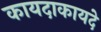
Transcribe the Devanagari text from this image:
कायदाकायदे